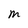
Character: M